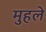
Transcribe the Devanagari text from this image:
मुहले